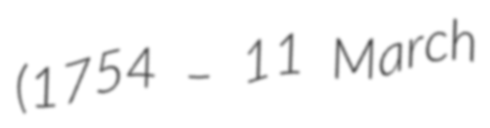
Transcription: (1754 – 11 March